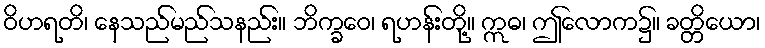
ဝိဟရတိ၊ နေသည်မည်သနည်း။ ဘိက္ခဝေ၊ ရဟန်းတို့။ ဣဓ၊ ဤလောက၌။ ခတ္တိယော၊